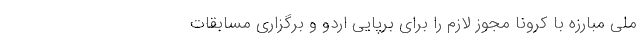
ملی مبارزه با کرونا مجوز لازم را برای برپایی اردو و برگزاری مسابقات